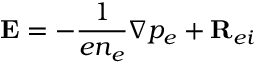
{ \bf { E } } = - \frac { 1 } { e n _ { e } } \nabla p _ { e } + { \bf { R } } _ { e i }